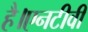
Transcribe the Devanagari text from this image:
है।एनटीवी